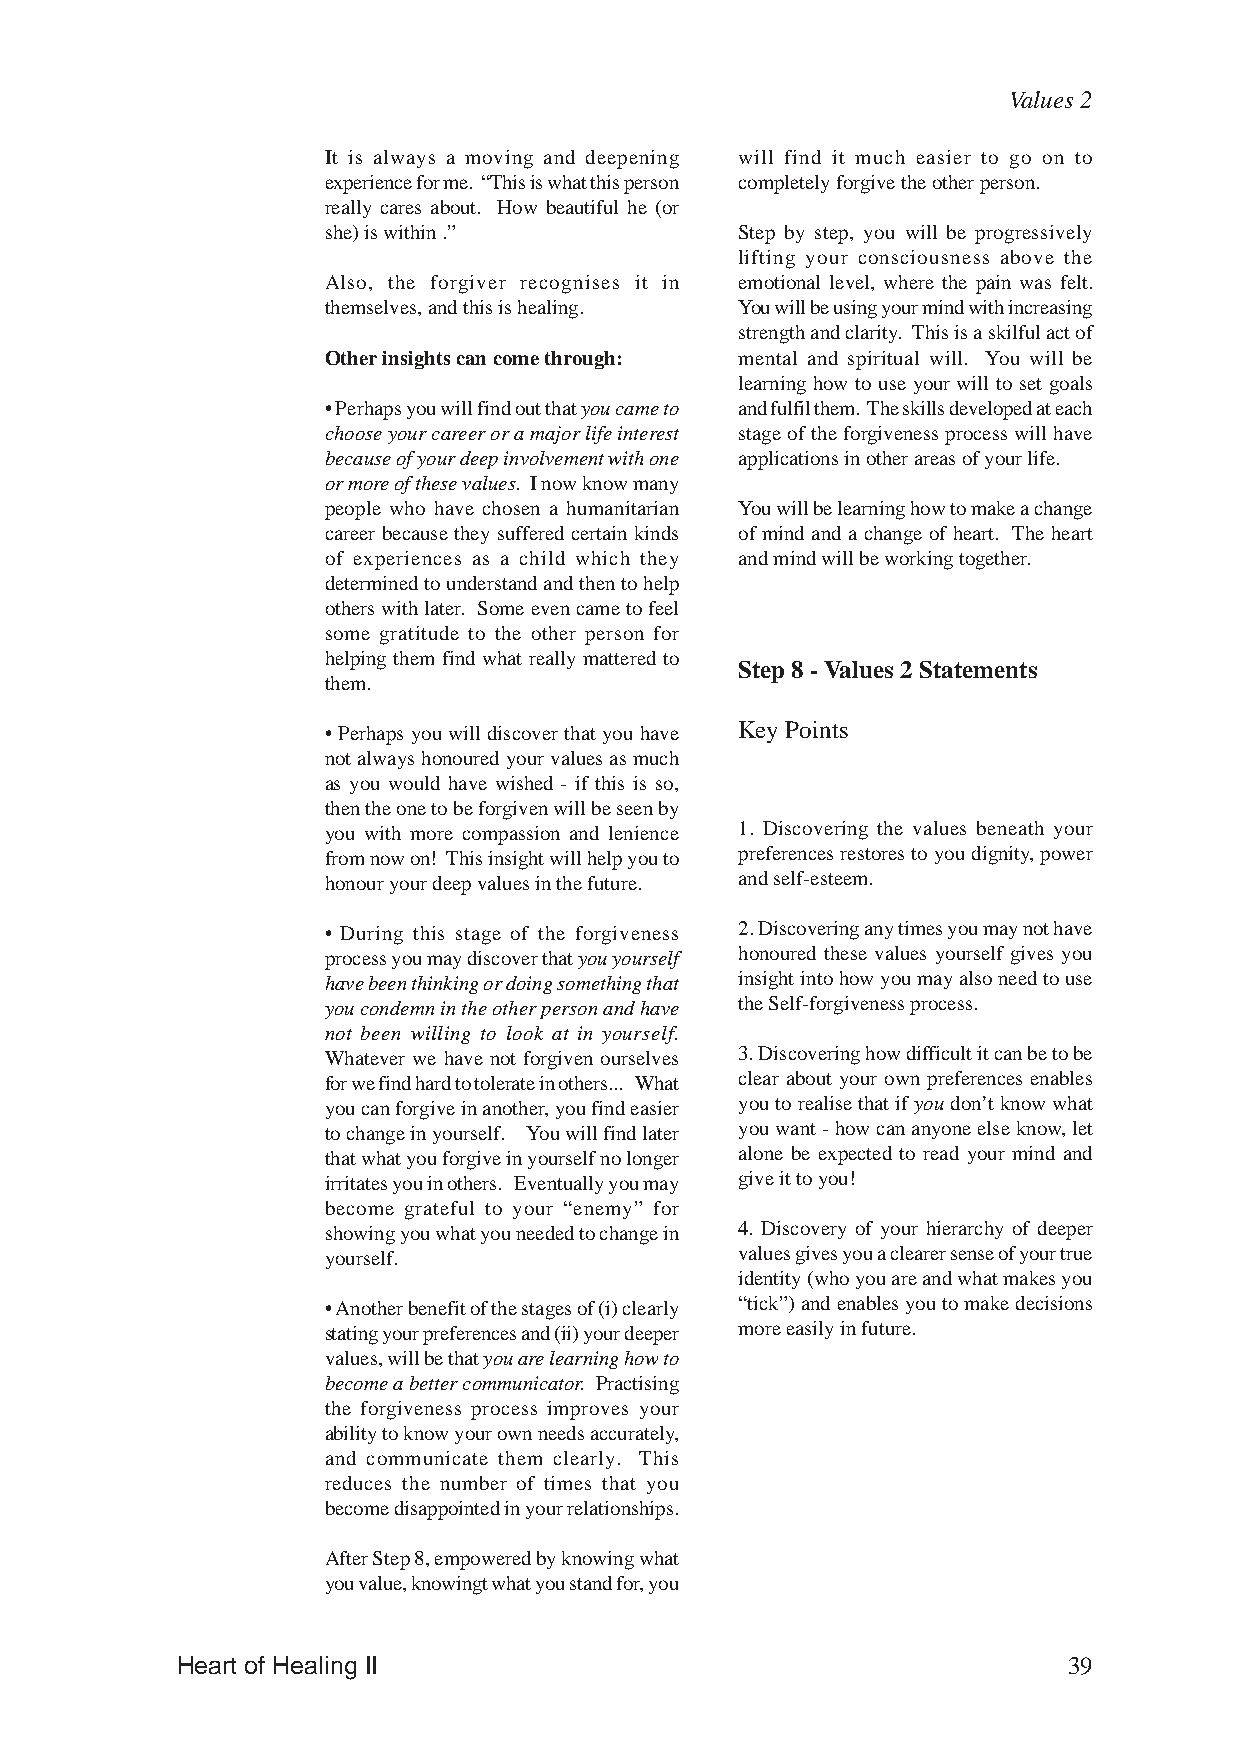
Values 2
 It is always a moving and deepening will find it much easier to go on to
 experience for me. “This is what this person completely forgive the other person.
 really cares about. How beautiful he (or
 she) is within .”           Step by step, you will be progressively
 lifting your consciousness above the
 Also, the forgiver recognises it in emotional level, where the pain was felt.
 themselves, and this is healing. You will be using your mind with increasing
 strength and clarity. This is a skilful act of
 Other insights can come through: mental and spiritual will. You will be
 learning how to use your will to set goals
 • Perhaps you will find out that you came to and fulfil them. The skills developed at each
 choose your career or a major life interest stage of the forgiveness process will have
 because of your deep involvement with one applications in other areas of your life.
 or more of these values. I now know many
 people who have chosen a humanitarian You will be learning how to make a change
 career because they suffered certain kinds of mind and a change of heart. The heart
 of experiences as a child which they and mind will be working together.
 determined to understand and then to help
 others with later. Some even came to feel
 some gratitude to the other person for
 helping them find what really mattered to
 Step 8 - Values 2 Statements
 them.
 • Perhaps you will discover that you have Key Points
 not always honoured your values as much
 as you would have wished - if this is so,
 then the one to be forgiven will be seen by
 you with more compassion and lenience 1. Discovering the values beneath your
 from now on! This insight will help you to preferences restores to you dignity, power
 honour your deep values in the future. and self-esteem.
 • During this stage of the forgiveness 2. Discovering any times you may not have
 process you may discover that you yourself honoured these values yourself gives you
 have been thinking or doing something that insight into how you may also need to use
 you condemn in the other person and have the Self-forgiveness process.
 not been willing to look at in yourself.
 Whatever we have not forgiven ourselves 3. Discovering how difficult it can be to be
 for we find hard to tolerate in others... What clear about your own preferences enables
 you can forgive in another, you find easier you to realise that if you don’t know what
 to change in yourself. You will find later you want - how can anyone else know, let
 that what you forgive in yourself no longer alone be expected to read your mind and
 irritates you in others. Eventually you may give it to you!
 become grateful to your “enemy” for
 showing you what you needed to change in 4. Discovery of your hierarchy of deeper
 yourself.                   values gives you a clearer sense of your true
 identity (who you are and what makes you
 • Another benefit of the stages of (i) clearly “tick”) and enables you to make decisions
 stating your preferences and (ii) your deeper more easily in future.
 values, will be that you are learning how to
 become a better communicator. Practising
 the forgiveness process improves your
 ability to know your own needs accurately,
 and communicate them clearly. This
 reduces the number of times that you
 become disappointed in your relationships.
 After Step 8, empowered by knowing what
 you value, knowingt what you stand for, you
 Heart of Healing II                                        39